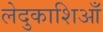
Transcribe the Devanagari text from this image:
लेदुकाशिआँ